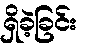
ရှိခဲ့ခြင်း